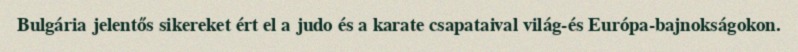
Bulgária jelentős sikereket ért el a judo és a karate csapataival világ-és Európa-bajnokságokon.